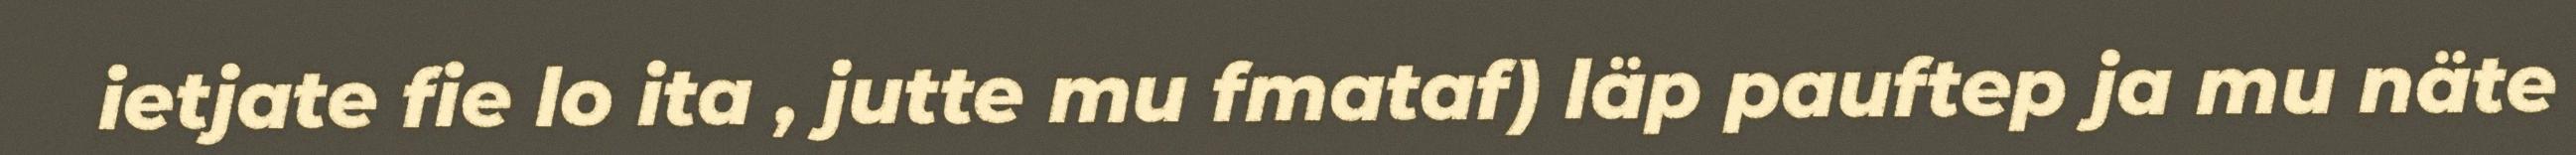
ietjate fie lo ita , jutte mu fmataf) läp pauftep ja mu näte